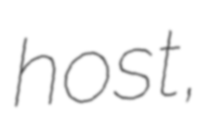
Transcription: host,